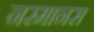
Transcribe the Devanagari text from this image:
नरमानस